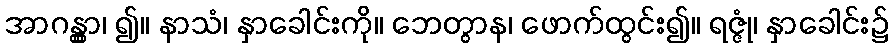
အာဂန္တွာ၊ ၍။ နာသံ၊ နှာခေါင်းကို။ ဘေတွာန၊ ဖောက်ထွင်း၍။ ရဇ္ဇုံ၊ နှာခေါင်း၌